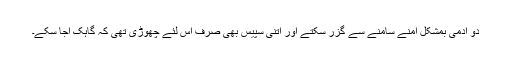
دو آدمی بمشکل آمنے سامنے سے گزر سکتے اور اتنی سپیس بھی صرف اس لئے چھوڑی تھی کہ گاہک آجا سکے۔